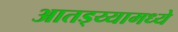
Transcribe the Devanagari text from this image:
आतड्य्यामध्ये